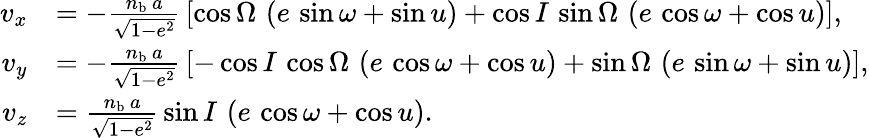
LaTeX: \begin{array}{rl}{v_{x}}&{=-\frac{n_{\mathrm{b}}\, a}{\sqrt{1-e^{2}}}\, \left[\cos\Omega\, \left(e\, \sin\omega+\sin u\right)+\cos I\, \sin\Omega\, \left(e\, \cos\omega+\cos u\right)\right],}\\ {v_{y}}&{=-\frac{n_{\mathrm{b}}\, a}{\sqrt{1-e^{2}}}\, \left[-\cos I\, \cos\Omega\, \left(e\, \cos\omega+\cos u\right)+\sin\Omega\, \left(e\, \sin\omega+\sin u\right)\right],}\\ {v_{z}}&{=\frac{n_{\mathrm{b}}\, a}{\sqrt{1-e^{2}}}\, \sin I\, \left(e\, \cos\omega+\cos u\right).}\end{array}